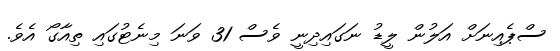
ސްޕެއިނަށް އަލުން ލީޑު ނަގައިދިނީ ވެސް 31 ވަނަ މިނެޓުގައި ތިއާގޯ އެވެ.